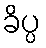
ခိပ္ပ